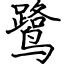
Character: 鹭